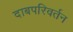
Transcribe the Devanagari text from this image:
दाबपरिवर्तन